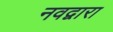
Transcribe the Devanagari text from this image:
नवद्वारा